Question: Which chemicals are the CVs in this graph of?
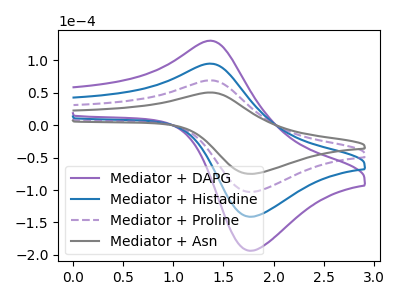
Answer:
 <answer>The purple curve is labeled "Mediator + DAPG". The blue curve is labeled "Mediator + Histadine". The purple dashed curve is labeled "Mediator + Proline". The gray curve is labeled "Mediator + Asn".</answer>
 <eval></eval>